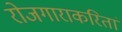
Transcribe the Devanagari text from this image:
रोजगाराकरितां